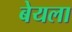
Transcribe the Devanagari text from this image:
बेयला